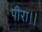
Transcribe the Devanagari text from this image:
पीरा।।